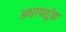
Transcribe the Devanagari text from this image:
अधापर्शुक